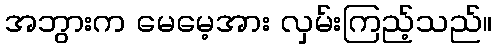
အဘွားက မေမေ့အား လှမ်းကြည့်သည်။